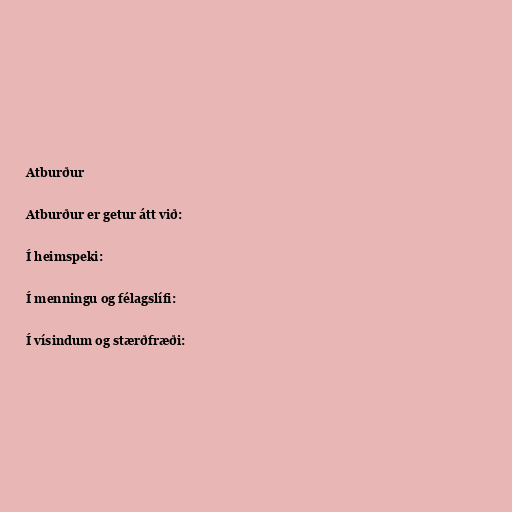
Atburður

Atburður er getur átt við:

Í heimspeki:

Í menningu og félagslífi:

Í vísindum og stærðfræði: